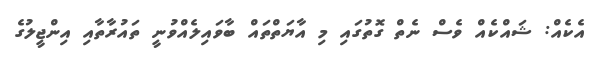
އެކެއް: ޝައްކެއް ވެސް ނެތް ގޮތުގައި މި އާޔަތްތައް ބާވައިލެއްވުނީ ތައުރާތާއި އިންޖީލުގެ